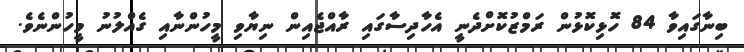
ބިނާގައިވާ 84 ހޮޅިކޮޅުން ރަމްޒުކޮށްދެނީ އެހާދިސާގައި ރާއްޖެއިން ނިޔާވި މީހުންނާއި ގެއްލުނު މީހުންނެވެ.